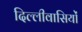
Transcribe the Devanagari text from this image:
दिल्लीवासियों